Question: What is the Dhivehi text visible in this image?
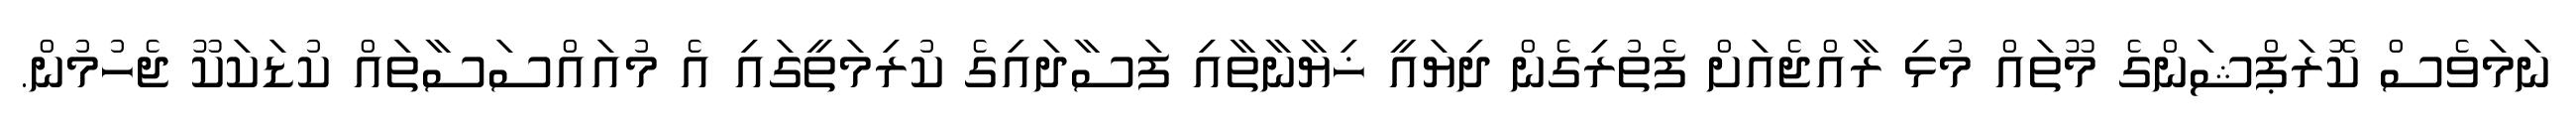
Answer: ނަމަވެސް ކޮރަޕްޝަންގެ މޫތައް މުޅި ރާއްޖެއަށް ފެތުރިގެން ދިޔައީ ޚިޔާނާތާއި ފަސާދައިގެ ކުރިމަތީގައި އެ މުއައްސަސާތައް ކުޑަކަކޫ ޖެހުމުން.